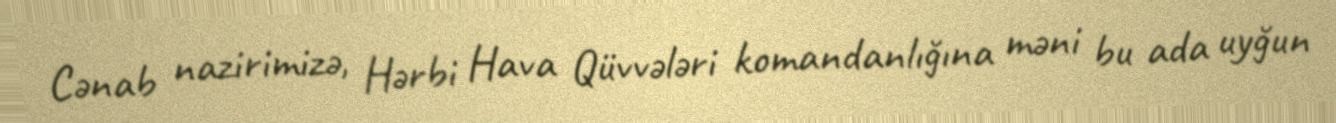
Cənab nazirimizə, Hərbi Hava Qüvvələri komandanlığına məni bu ada uyğun